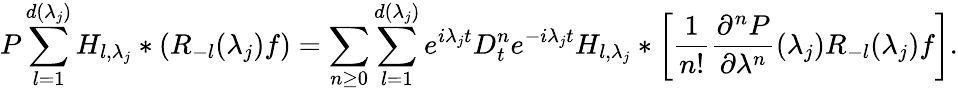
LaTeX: P\sum_{l=1}^{d(\lambda_{j})}H_{l,\lambda_{j}}*(R_{-l}(\lambda_{j})f)=\sum_{n\geq 0}\sum_{l=1}^{d(\lambda_{j})}e^{i\lambda_{j}t}D_{t}^{n}e^{-i\lambda_{j}t}H_{l,\lambda_{j}}*\left[\frac{1}{n!}\frac{\partial^{n}P}{\partial\lambda^{n}}(\lambda_{j})R_{-l}(\lambda_{j})f\right].